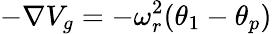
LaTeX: -\nabla V_{g}=-\omega_{r}^{2}(\theta_{1}-\theta_{p})